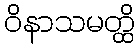
ဝိနာသမတ္ထိ